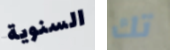
السنوية تك